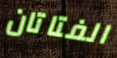
الفتاتان